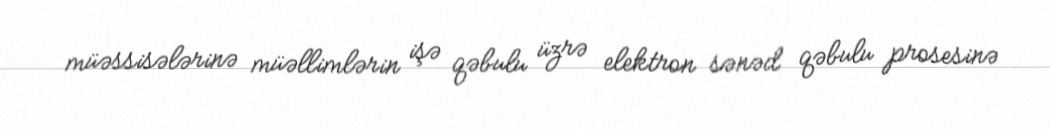
müəssisələrinə müəllimlərin işə qəbulu üzrə elektron sənəd qəbulu prosesinə